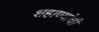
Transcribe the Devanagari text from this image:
शहाण्यांची